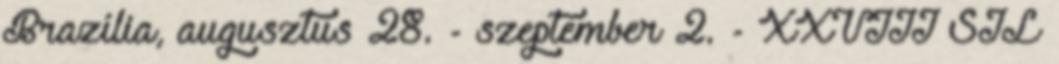
Brazília, augusztus 28. - szeptember 2. - XXVIII SIL